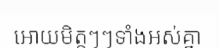
អោយមិត្តៗៗទាំងអស់គ្នា